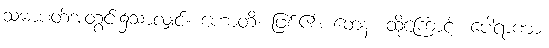
သမာပတ်အတွင်း၌သာလျှင်။ ဟောတိ၊ ဖြစ်၏။ တေန၊ ထို့ကြောင့်။ ပေါရာဏာ၊